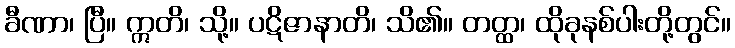
ခီဏာ၊ ပြီ။ ဣတိ၊ သို့။ ပဋိဇာနာတိ၊ သိ၏။ တတ္ထ၊ ထိုခုနစ်ပါးတို့တွင်။